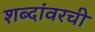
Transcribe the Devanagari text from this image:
शब्दांवरची